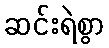
ဆင်းရဲစွာ